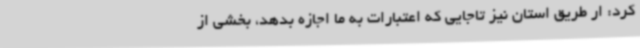
کرد: ار طریق استان نیز تاجایی که اعتبارات به ما اجازه بدهد، بخشی از